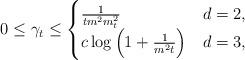
LaTeX: \begin{align*}0\leq \gamma_t\leq \begin{cases}\frac{1}{tm^2 m_t^2}&d=2,\\c\log\Big(1+\frac{1}{m^2t}\Big)&d=3,\end{cases}\end{align*}